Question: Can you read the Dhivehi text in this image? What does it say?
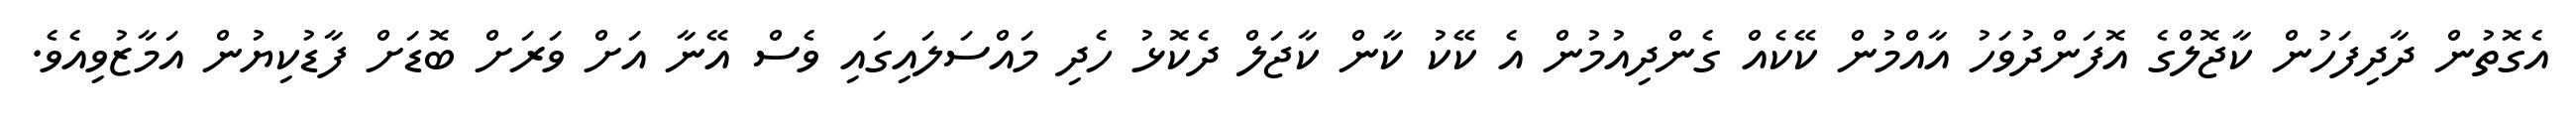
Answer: އެގޮތުން ދާދިފަހުން ކާޖޮލްގެ އޮފަންދުވަހު އާއްމުން ކޭކެއް ގެންދިއުމުން އެ ކޭކު ކާން ކާޖަލް ދެކޮޅު ހެދި މައްސަލައިގައި ވެސް އޭނާ އަށް ވަރަށް ބޮޑަށް ފާޑުކިޔުން އަމާޒުވިއެވެ.